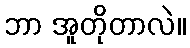
ဘာ အူတိုတာလဲ။